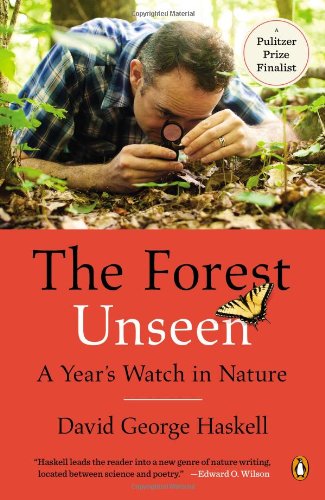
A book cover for The Forest Unseen: A Year's Watch in Nature; David George Haskell; Science & Math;